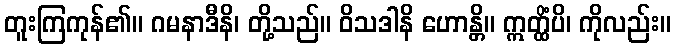
တူးကြကုန်၏။ ဂမနာဒီနိ၊ တို့သည်။ ဝိသဒါနိ ဟောန္တိ။ ဣတ္ထိံပိ၊ ကိုလည်း။